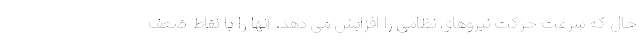
حال که سرعت حرکت نیروهای نظامی را افزایش می دهد، آنها را با نقاط ضعف